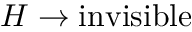
H \rightarrow \mathrm { i n v i s i b l e }